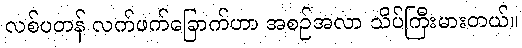
လစ်ပတန် လက်ဖက်ခြောက်ဟာ အစဉ်အလာ သိပ်ကြီးမားတယ်။